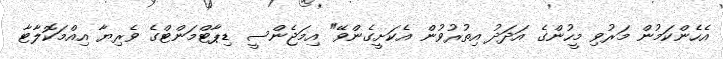
އެހެންކަމުން މަރުވި މީހުންގެ އަދަދު އިތުރުވުން އެކަށީގެންވޭ" އިމަޖެންސީ ޑިޕާޓްމަންޓްގެ ވެރިޔާ އިއްމަކޮލާޓާ